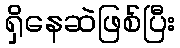
ရှိနေဆဲဖြစ်ပြီး